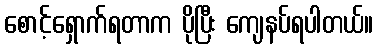
စောင့်ရှောက်ရတာက ပိုပြီး ကျေနပ်ရပါတယ်။